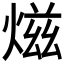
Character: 𤍏